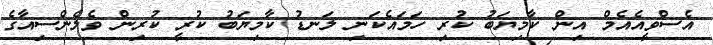
އެސްވީއެއެމް އިން ކާމިޔަބު ކުރި ހަމައެކަނި ލަނޑު ކާމިޔަބު ކުރީ ކުރިން ވެލެންސިއާގެ